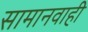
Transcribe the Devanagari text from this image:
सामानवाही